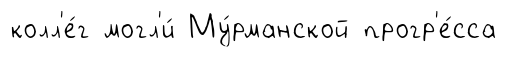
колл'е́г могл'и́ Му́рманской прогр'е́сса